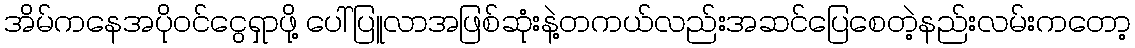
အိမ်ကနေအပိုဝင်ငွေရှာဖို့ ပေါ်ပြူလာအဖြစ်ဆုံးနဲ့တကယ်လည်းအဆင်ပြေစေတဲ့နည်းလမ်းကတော့